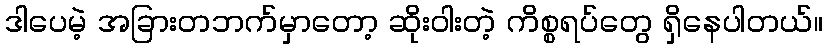
ဒါပေမဲ့ အခြားတဘက်မှာတော့ ဆိုးဝါးတဲ့ ကိစ္စရပ်တွေ ရှိနေပါတယ်။